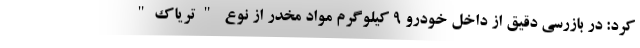
کرد: در بازرسی دقیق از داخل خودرو 9 کیلوگرم مواد مخدر از نوع "تریاک"